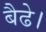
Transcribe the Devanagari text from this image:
बैढे।